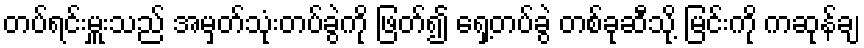
တပ်ရင်းမှူးသည် အမှတ်သုံးတပ်ခွဲကို ဖြတ်၍ ရှေ့တပ်ခွဲ တစ်ခုဆီသို့ မြင်းကို ကဆုန်ချ